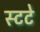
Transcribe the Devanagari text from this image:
स्टटे